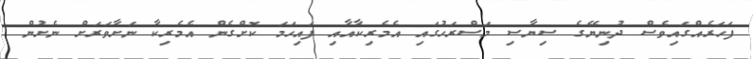
ފަހަރެއްގައިވެސް ދުނިޔޭގެ ސިޔާސި މަސްރަހުގައި އެމެރިކާއާއި ފައިހަމަ ކޮށްގެން އެމެރިކާ ނަށާވަރަށް ނެށުން